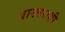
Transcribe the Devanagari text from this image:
बाख्तराशी